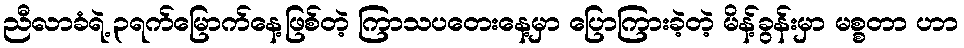
ညီလာခံရဲ့ ၃ရက်မြောက်နေ့ဖြစ်တဲ့ ကြာသပတေးနေ့မှာ ပြောကြားခဲ့တဲ့ မိန့်ခွန်းမှာ မစ္စတာ ဟာ